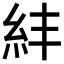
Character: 𥾫